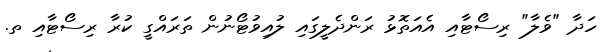
ހަދާ "ވެލާ" ރިސޯޓާއި އެއަތޮޅު ރަންދެލީގައި ލުއިވުޓޯނުން ތަރައްގީ ކުރާ ރިސޯޓާއި ތ.